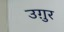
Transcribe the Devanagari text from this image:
उग़ुर